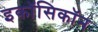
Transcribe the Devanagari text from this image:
इकॉसिकॉन